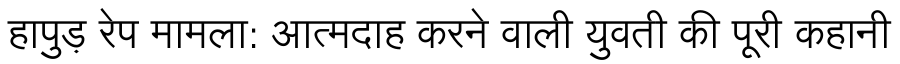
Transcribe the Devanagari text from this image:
हापुड़ रेप मामला: आत्मदाह करने वाली युवती की पूरी कहानी